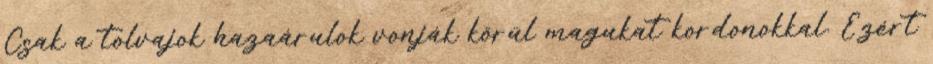
Csak a tolvajok hazaárulok vonják körül magukat kordonokkal. Ezért